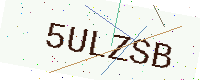
Text: 5ULZSB